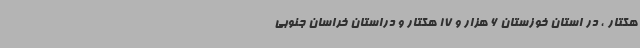
هکتار ، در استان خوزستان 6 هزار و 17 هکتار و دراستان خراسان جنوبی